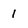
Character: 1